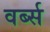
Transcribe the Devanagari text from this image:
वर्ब्स